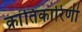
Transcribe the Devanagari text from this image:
क्रांतिकारिणी